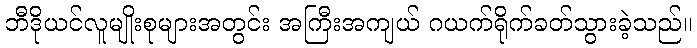
ဘီဒိုယင်လူမျိုးစုများအတွင်း အကြီးအကျယ် ဂယက်ရိုက်ခတ်သွားခဲ့သည်။